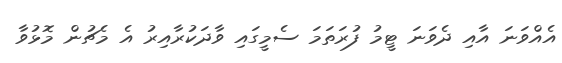
އެއްވަނަ އާއި ދެވަނަ ޓީމު ފުރަތަމަ ސެމީގައި ވާދަކުރާއިރު އެ މެޗުން މޮޅުވާ